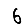
Digit: 6